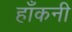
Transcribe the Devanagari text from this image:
हाँकनी